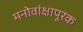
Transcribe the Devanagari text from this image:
मनोवांक्षापूरक